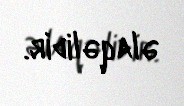
əlaqəlidir.